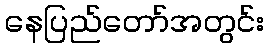
နေပြည်တော်အတွင်း